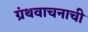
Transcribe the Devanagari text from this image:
ग्रंथवाचनाची